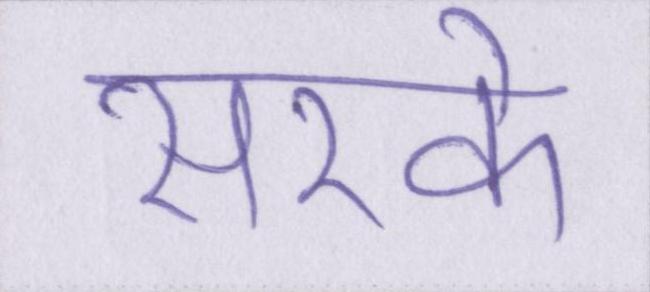
सरके